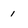
Character: 1